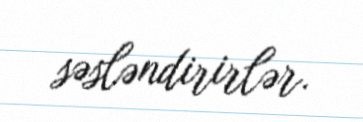
səsləndirirlər.